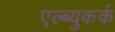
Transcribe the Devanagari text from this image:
एल्ब्युकर्क